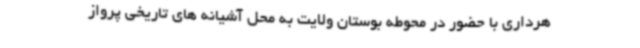
هرداری با حضور در محوطه بوستان ولایت به محل آشیانه های تاریخی پرواز